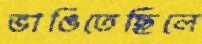
ভাঙিতেছিলে